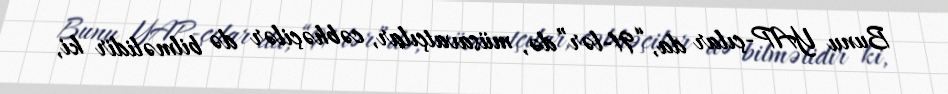
Bunu YAP-çılar da, “91-lər”də, müsavatçılar, cəbhəçilər də bilməlidir ki,